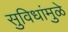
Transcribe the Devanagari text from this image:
सुविधांमुळे